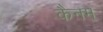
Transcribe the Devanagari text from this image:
कैनम